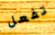
تفعل